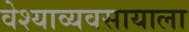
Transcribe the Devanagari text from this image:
वेश्याव्यवसायाला